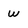
Character: w